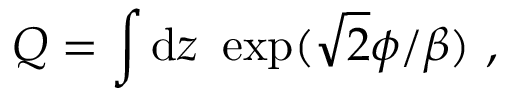
Q = \int \mathrm { d } z \ \exp ( \sqrt 2 \phi / \beta ) \ ,